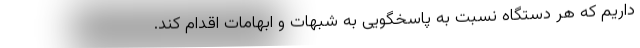
داریم که هر دستگاه نسبت به پاسخگویی به شبهات و ابهامات اقدام کند.